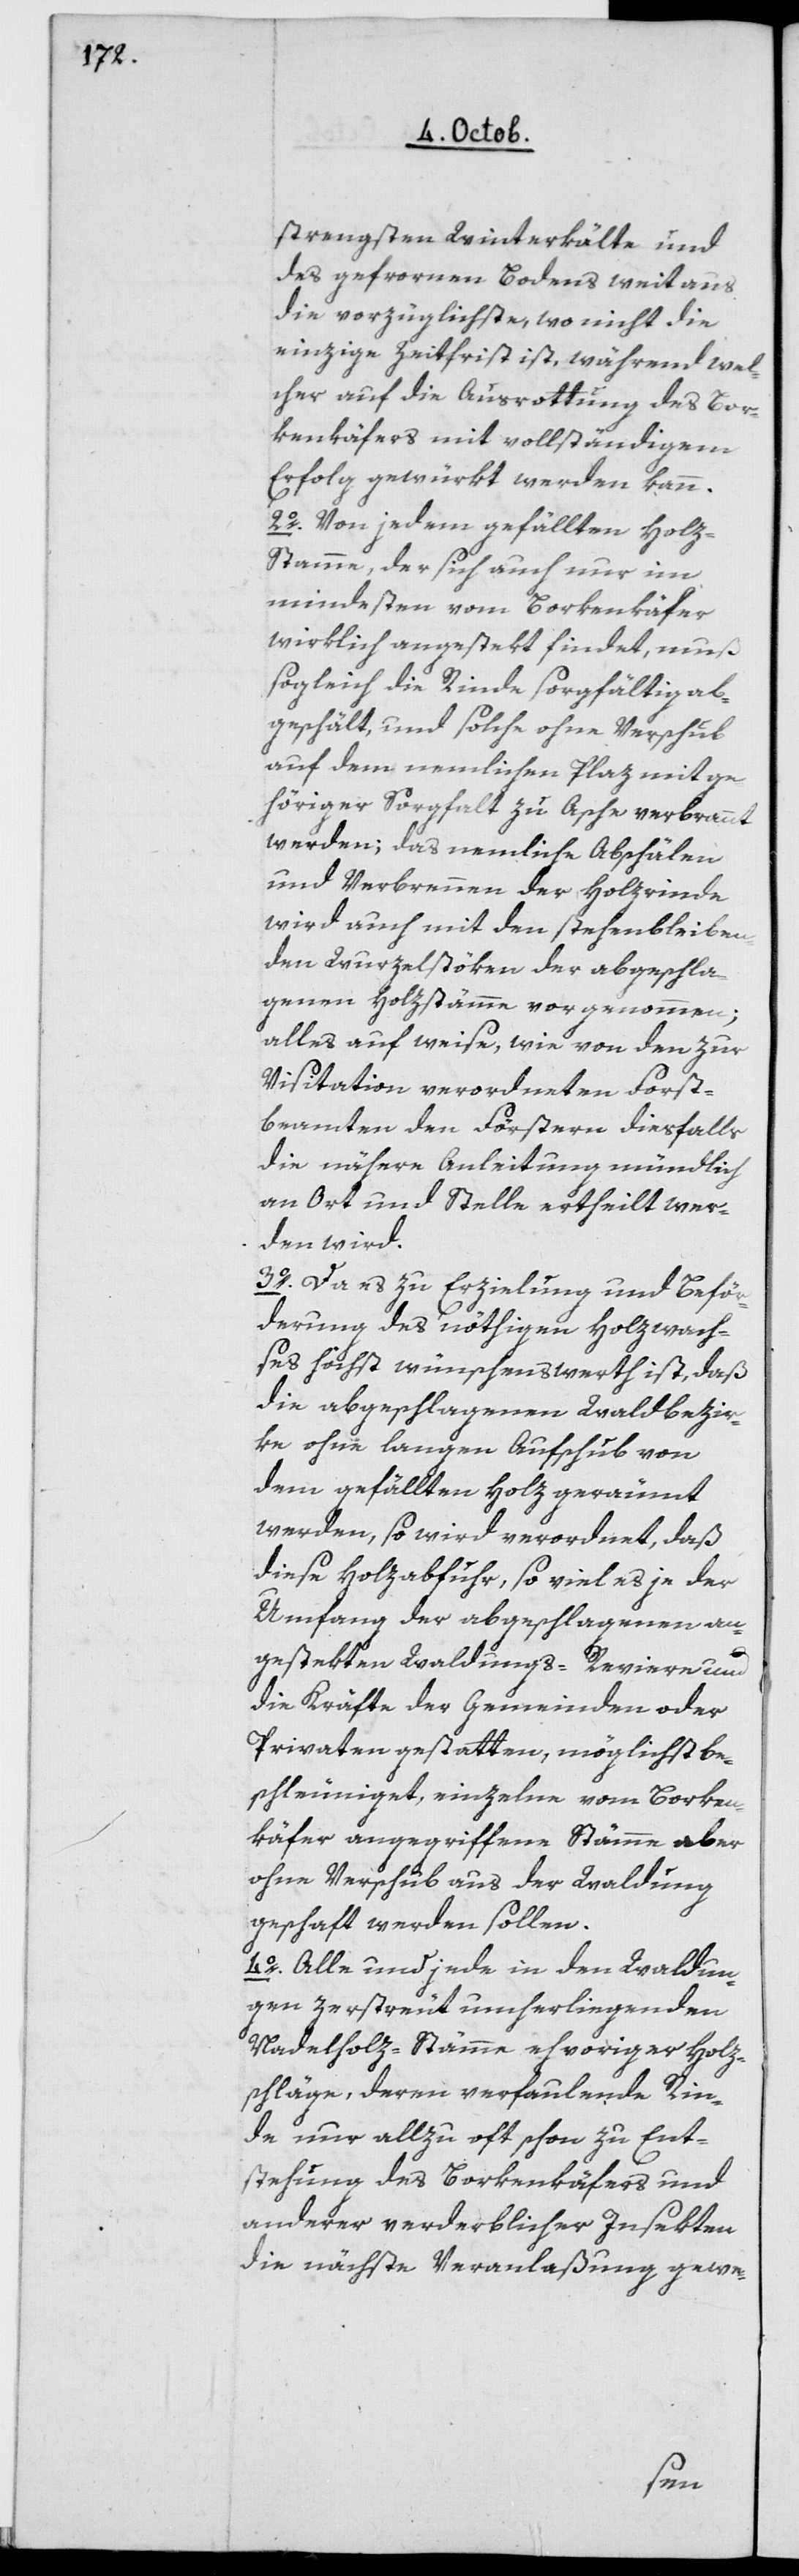
strengsten Winterkälte und
des gefrornen Bodens weitaus
die vorzüglichste, wo nicht die
einzige Zeitfrist ist, während wel¬
cher auch die Ausrottung des Bor¬
kenkäfers mit vollständigem
Erfolg gewürkt werden kann.
2o. Von jedem gefällten Holz¬
stamm, der sich auch nur im
mindesten vom Borkenkäfer
wirklich angestekt findet, muß
sogleich die Rinde sorgfältig ab¬
geschält, und solche ohne Verschub
auf dem nemlichen Plaz mit ge¬
höriger Sorgfalt zu Asche verbrannt
werden; das nemliche Abschälen
und Verbrennen der Holzrinde
wird auch mit dem Stehenbleiben
den Wurzelstökken der abgeschla¬
genen Holzstämme vorgenommen;
alles auf weise, wie von den zur
Visitation verordneten Forst¬
beamten den Förstern diesfalls
die nähere Anleitung mündlich
an Ort und Stelle ertheilt wer¬
den wird.
3o Da es zu Erzielung und Beför¬
derung des nöthigen Holzwach¬
ses höchst wünschenswerth ist, daß
die abgeschlagenen Waldbezir¬
ke ohne langen Aufschub von
dem gefällten Holz geräumt
werden, so wird verordnet, daß
diese Holzabfuhr, so viel es je der
Umfang der abgeschlagenen an¬
gestekten Waldungs-Reviere und
die Kräfte der Gemeinden oder
Privaten gestatten, möglichst be¬
schleuniget, einzelne vom Borken¬
käfer angegriffene Stämme aber
ohne Verschub aus der Waldung
geschafft werden sollen.
4o Alle und jede in den Waldun¬
gen zerstreut umherliegenden
Nadelholz-Stämme ehevoriger Holz¬
schläge, deren verfaulende Rin¬
de nur allzu oft schon zu Ent¬
stehung des Borkenkäfers und
anderer verderblicher Insekten
die nächste Veranlaßung gewe-